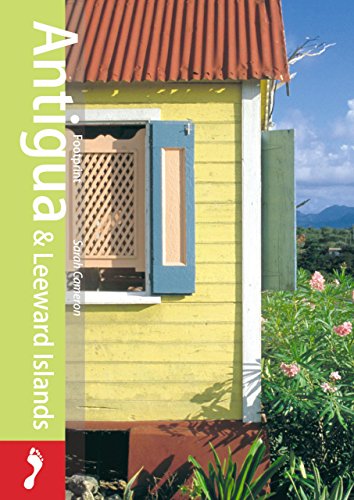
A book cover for Antigua & Leewards (Footprint - Pocket Guides); Sarah Cameron; Travel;